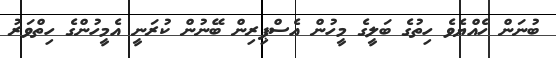
ބުނަން ހެއްޔެވެ ހިތުގެ ބަލީގެ މީހުން އެސްޕިރިން ބޭނުން ކުރަނީ އެމީހުންގެ ހިތްވަރު